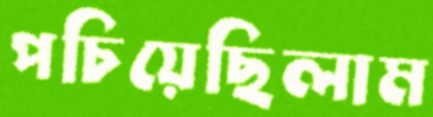
পচিয়েছিলাম